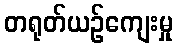
တရုတ်ယဉ်ကျေးမှု